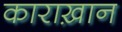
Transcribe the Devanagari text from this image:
काराख़ान